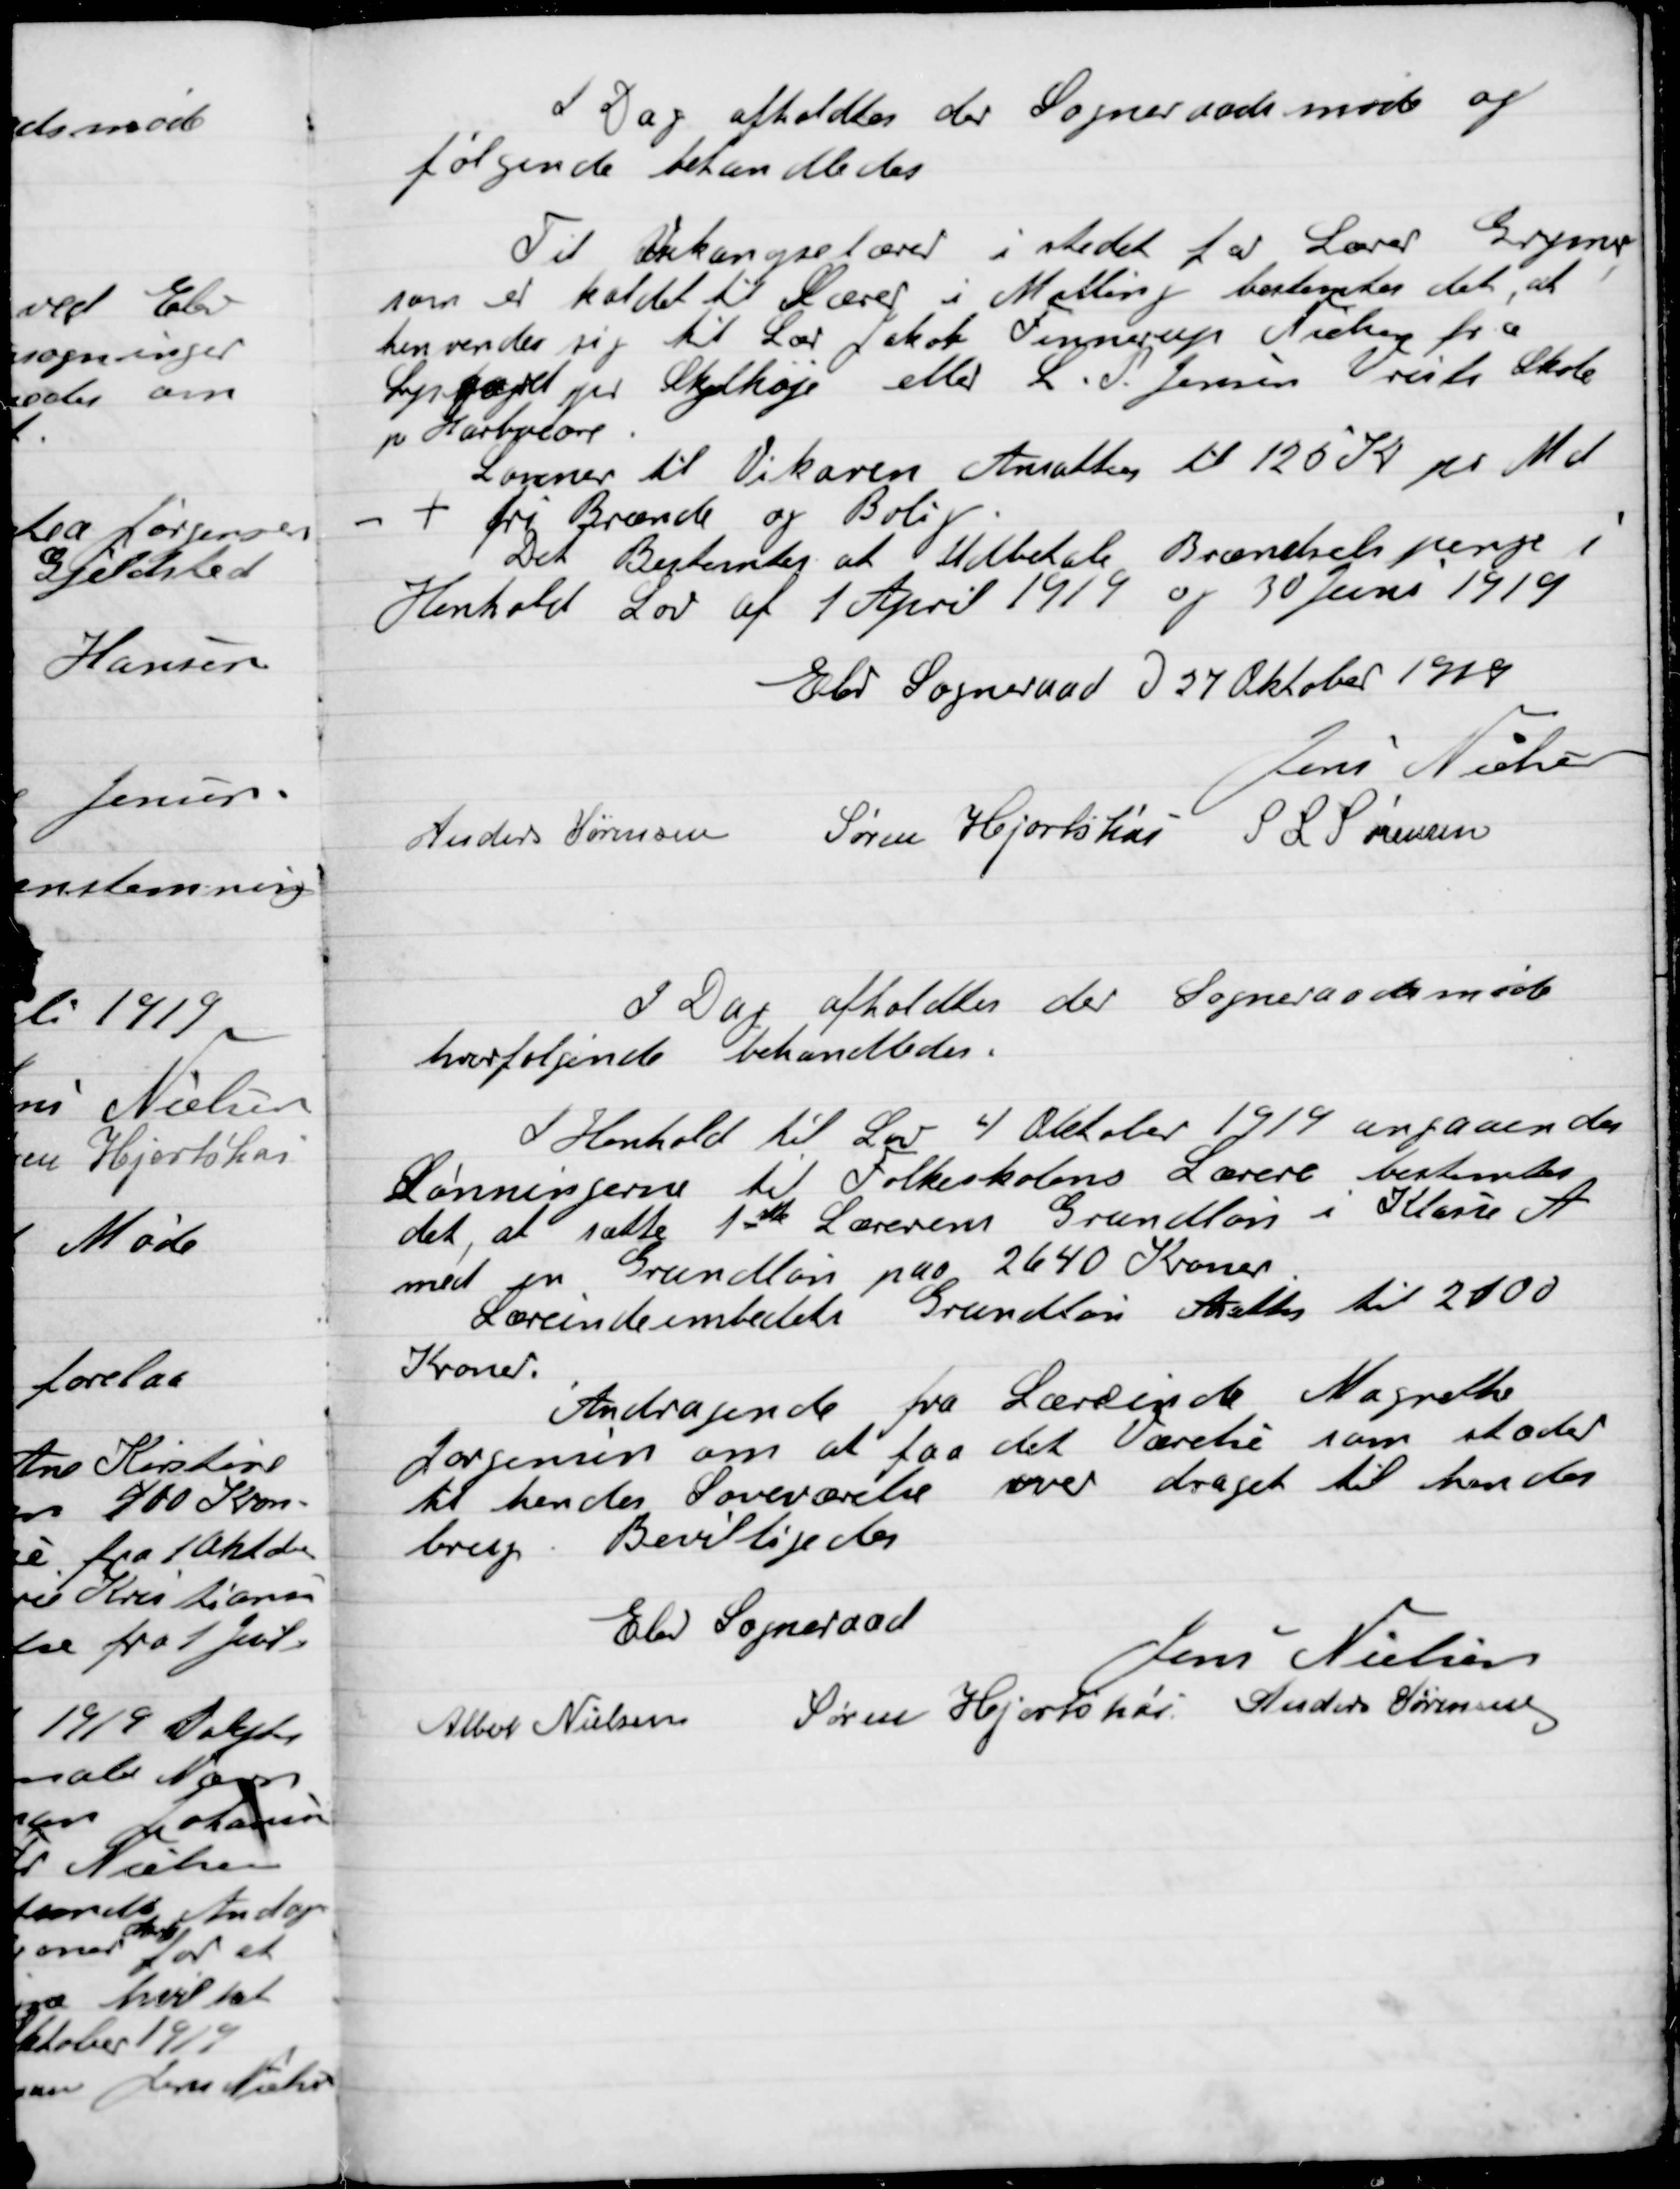
Transskription:
I Dag afholdtes der  Sogneraads møde og
følgende Behandledes:

Til Vakancelærer i stedet for Lærer Grymer
som er kaldet til Lærer i Malling bestemtes det, at
henvende sig til Lære Jakob Finnerup Nielsen fra
Lygaard pr Skjolhøje eller L. P. Jensen Vriste Skole
pr. Harboøre.
Lønnen til Vikaren Ansattes til 120 Kr. pr Md.
+ fri Brænde og Bolig
Det Bestemtes at Udbetale brændselspenge i
Henholdt Lov af 1 April 1919 0g 30 Juni 1919.

Elev Sogneraad D. 27 Oktober 1919

Jens Nielsen
Anders Sørensen
Søren Hjortshøi
S. L. Sørensen

I Dag afholdtes der  Sogneraadet møde
hvor følgende Behandledes

I Henhold til Lov 4 Oktober 1919 angaaende
Lønningerne til Folkeskolens Lærere bestemtes
det at sætte 1ste Lærerens Grundløn i Klasse A.
med en grundløn paa 2640 Kroner.
Lærerindeembedets Grundløn Ansættes til 2100
Kroner.

Andragende fra Lærerinde Magrethe
Jørgensen om at faa det Værelse som støder
til hendes Soveværelse over draget til hendes
brug. Bevilligedes

Elev Sogneraad

Jens Nielsen
Albert Nielsen
Søren Hjortshøi
Anders Sørensen